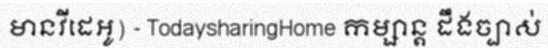
មានវីដេអូ) - TodaysharingHome កម្សាន្ត ដឹងច្បាស់